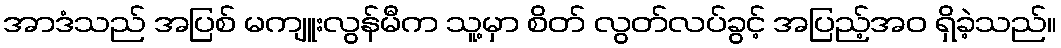
အာဒံသည် အပြစ် မကျူးလွန်မီက သူ့မှာ စိတ် လွတ်လပ်ခွင့် အပြည့်အဝ ရှိခဲ့သည်။